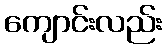
ကျောင်းလည်း